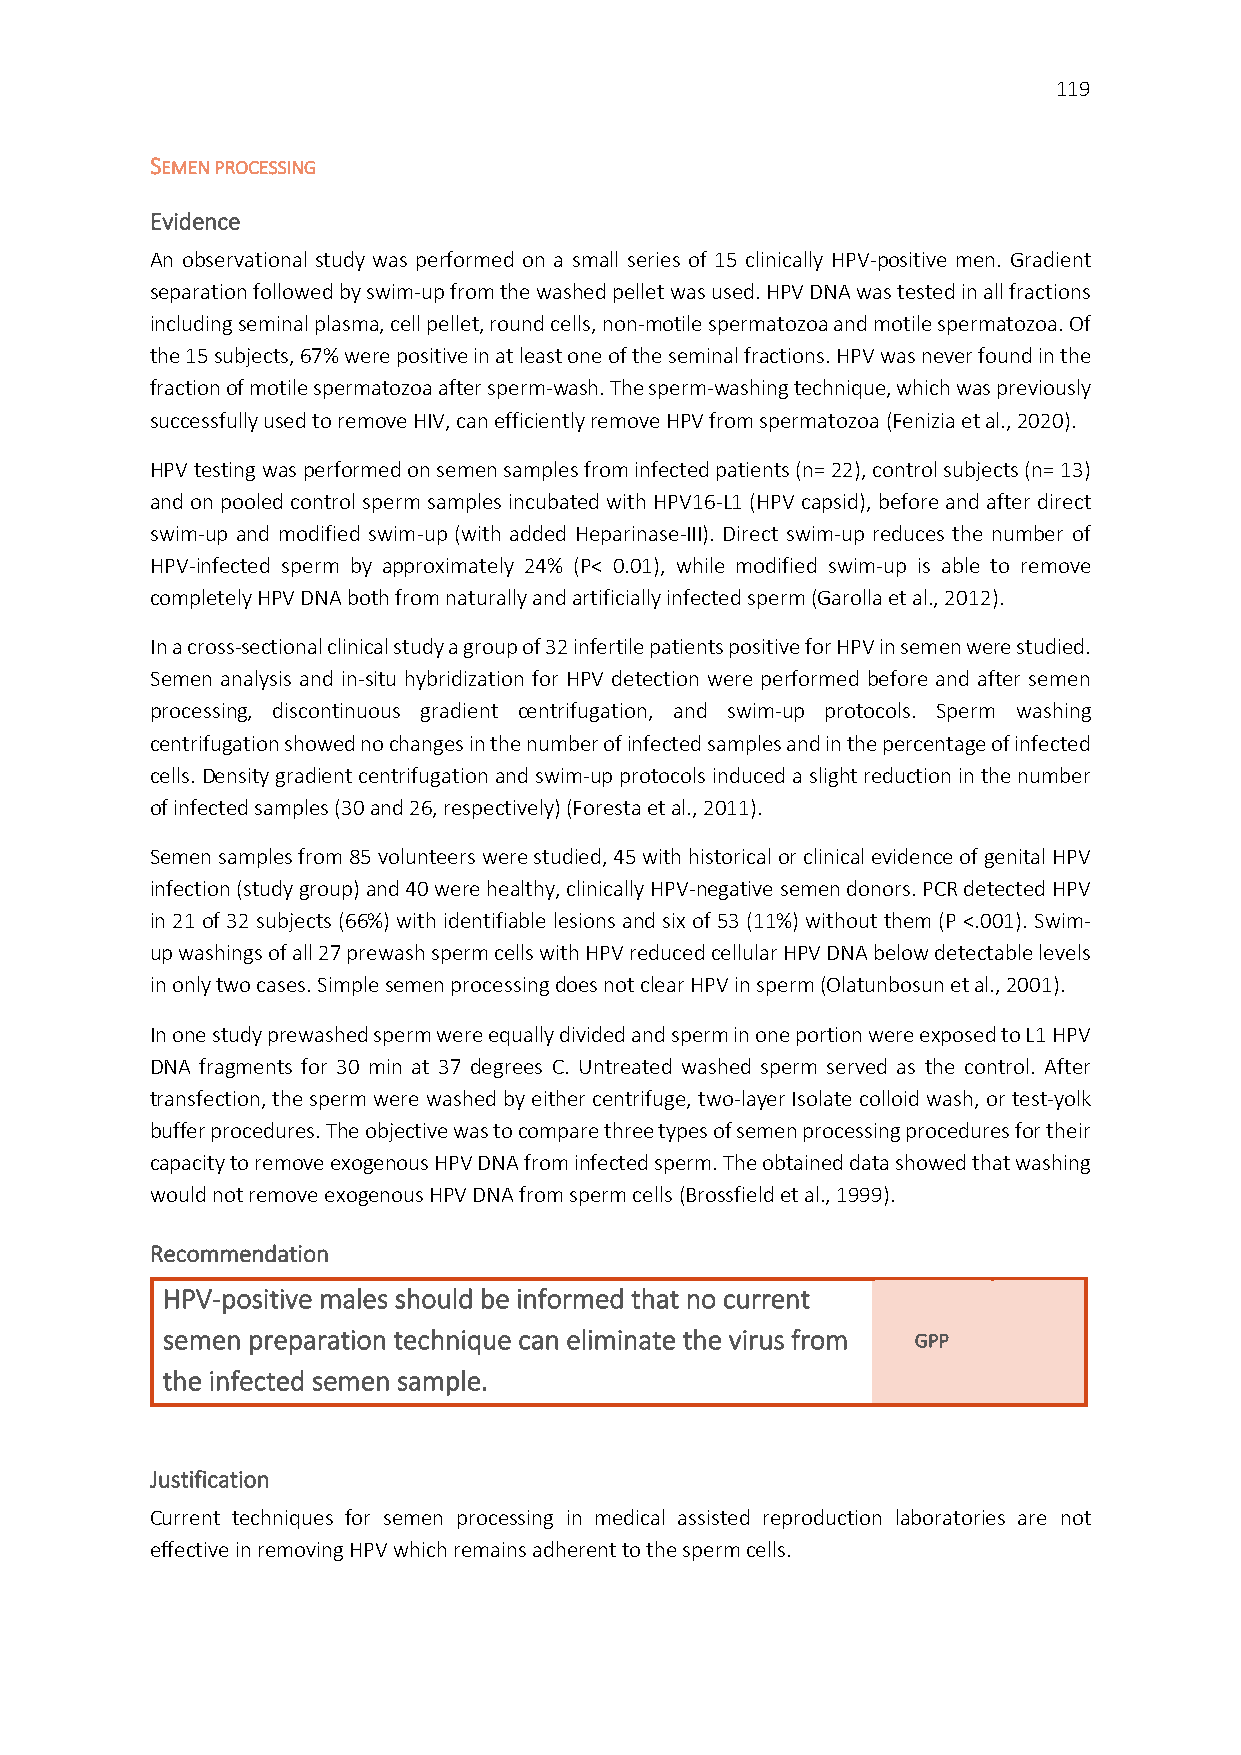
119
 SEMEN PROCESSING
 Evidence
 An observational study was performed on a small series of 15 clinically HPV-positive men. Gradient
 separation followed by swim-up from the washed pellet was used. HPV DNA was tested in all fractions
 including seminal plasma, cell pellet, round cells, non-motile spermatozoa and motile spermatozoa. Of
 the 15 subjects, 67% were positive in at least one of the seminal fractions. HPV was never found in the
 fraction of motile spermatozoa after sperm-wash. The sperm-washing technique, which was previously
 successfully used to remove HIV, can efficiently remove HPV from spermatozoa (Fenizia et al., 2020).
 HPV testing was performed on semen samples from infected patients (n= 22), control subjects (n= 13)
 and on pooled control sperm samples incubated with HPV16-L1 (HPV capsid), before and after direct
 swim-up and modified swim-up (with added Heparinase-III). Direct swim-up reduces the number of
 HPV-infected sperm by approximately 24% (P< 0.01), while modified swim-up is able to remove
 completely HPV DNA both from naturally and artificially infected sperm (Garolla et al., 2012).
 In a cross-sectional clinical study a group of 32 infertile patients positive for HPV in semen were studied.
 Semen analysis and in-situ hybridization for HPV detection were performed before and after semen
 processing, discontinuous gradient centrifugation, and swim-up protocols. Sperm washing
 centrifugation showed no changes in the number of infected samples and in the percentage of infected
 cells. Density gradient centrifugation and swim-up protocols induced a slight reduction in the number
 of infected samples (30 and 26, respectively) (Foresta et al., 2011).
 Semen samples from 85 volunteers were studied, 45 with historical or clinical evidence of genital HPV
 infection (study group) and 40 were healthy, clinically HPV-negative semen donors. PCR detected HPV
 in 21 of 32 subjects (66%) with identifiable lesions and six of 53 (11%) without them (P <.001). Swim-
 up washings of all 27 prewash sperm cells with HPV reduced cellular HPV DNA below detectable levels
 in only two cases. Simple semen processing does not clear HPV in sperm (Olatunbosun et al., 2001).
 In one study prewashed sperm were equally divided and sperm in one portion were exposed to L1 HPV
 DNA fragments for 30 min at 37 degrees C. Untreated washed sperm served as the control. After
 transfection, the sperm were washed by either centrifuge, two-layer Isolate colloid wash, or test-yolk
 buffer procedures. The objective was to compare three types of semen processing procedures for their
 capacity to remove exogenous HPV DNA from infected sperm. The obtained data showed that washing
 would not remove exogenous HPV DNA from sperm cells (Brossfield et al., 1999).
 Recommendation
 HPV-positive males should be informed that no current
 semen preparation technique can eliminate the virus from GPP
 the infected semen sample.
 Justification
 Current techniques for semen processing in medical assisted reproduction laboratories are not
 effective in removing HPV which remains adherent to the sperm cells.